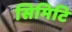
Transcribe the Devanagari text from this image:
सिमिटि